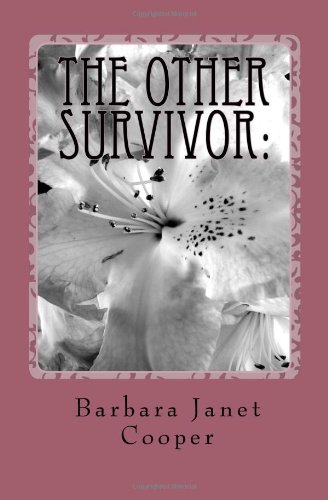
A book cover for The Other Survivor:: Head Injury from a Wife's Perspective; Barbara Janet Cooper; Medical Books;